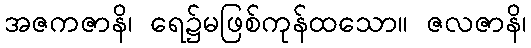
အဇကဇာနိ၊ ရေ၌မဖြစ်ကုန်ထသော။ ဇလဇာနိ၊